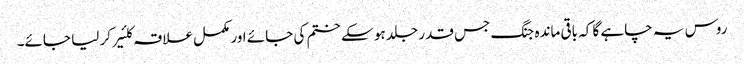
روس یہ چاہے گا کہ باقی ماندہ جنگ جس قدر جلد ہو سکے ختم کی جائے اور مکمل علاقہ کلئیر کر لیا جائے۔